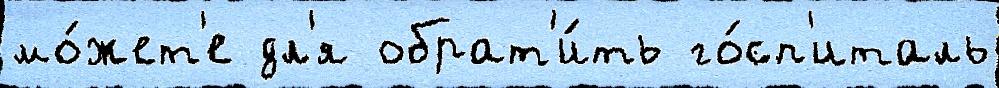
мо́жет'е дл'я обрат'и́ть го́сп'италь